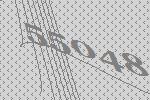
55048